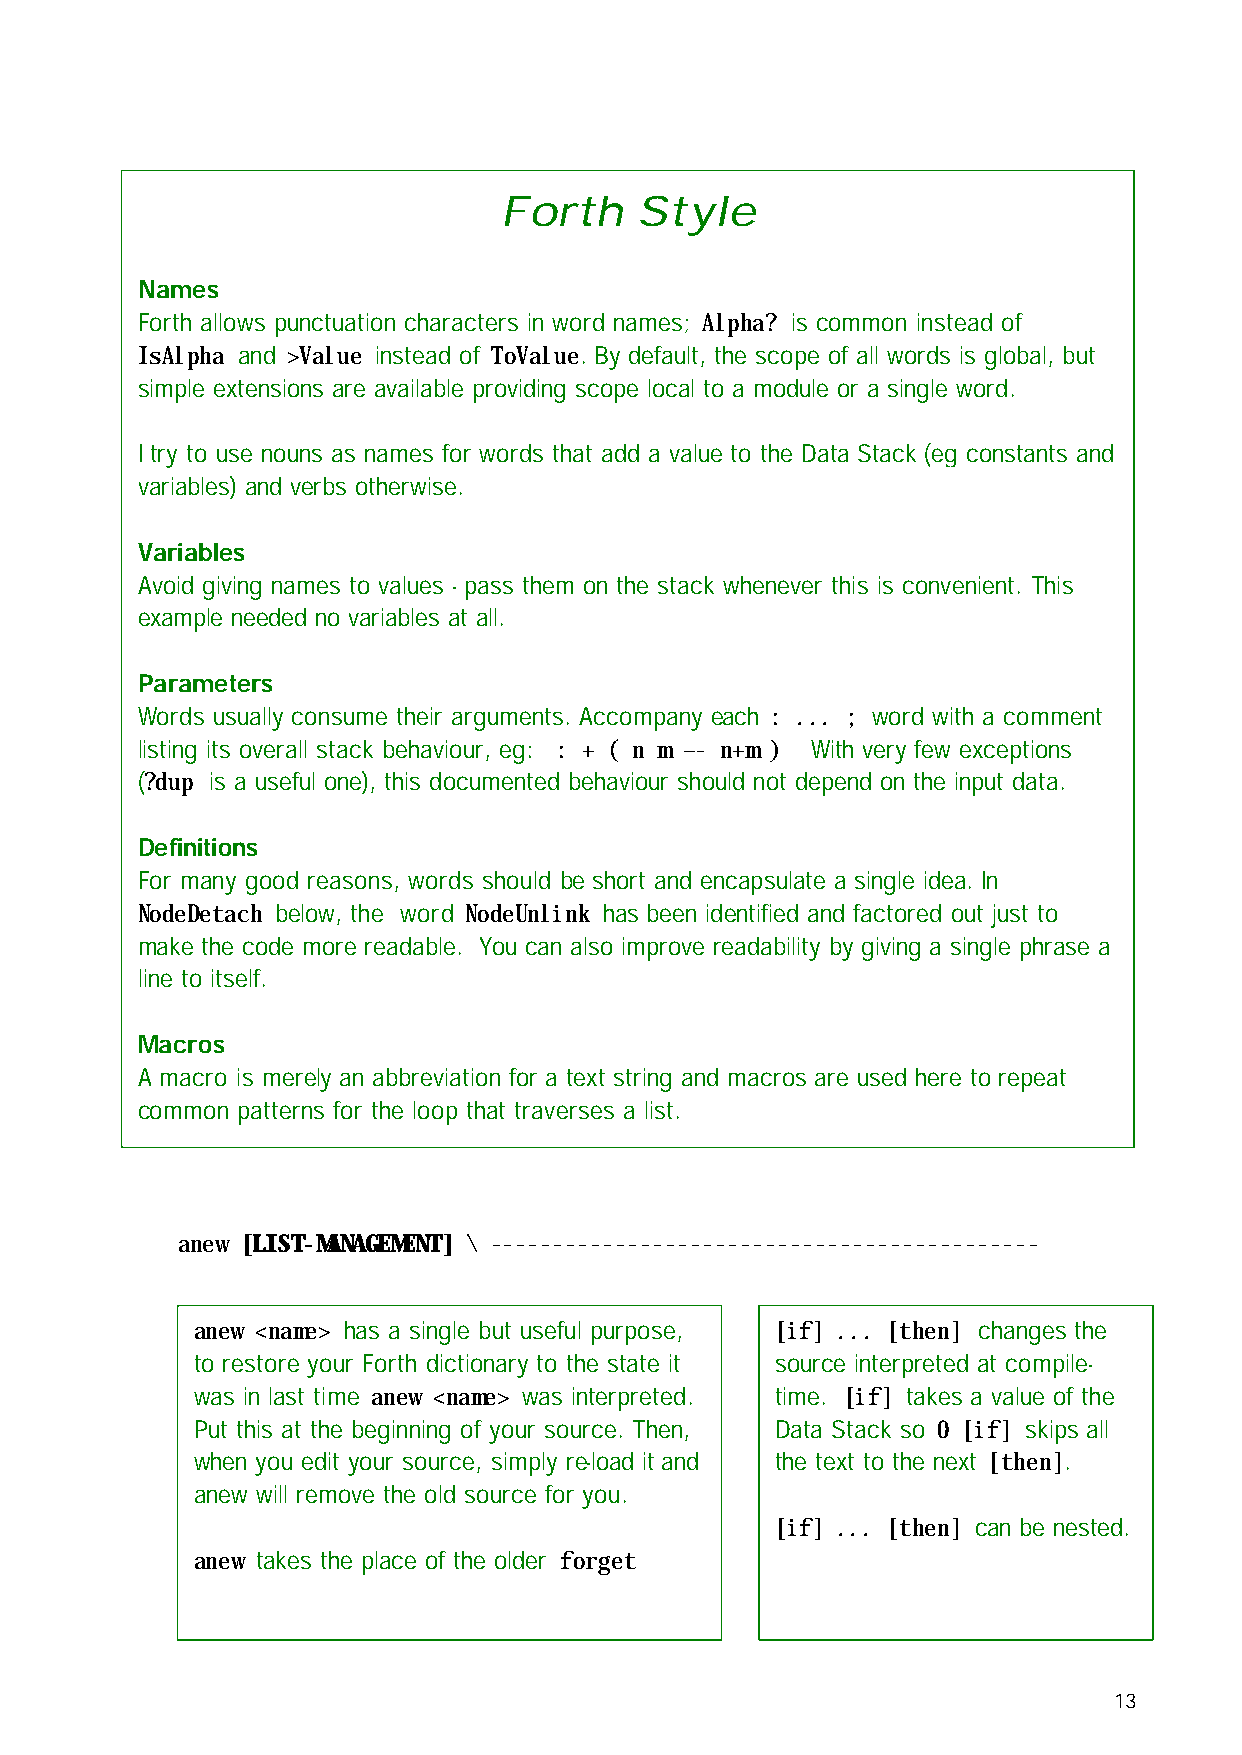
Forth    Style
 Names
 Forth allows punctuation characters in word names; Alpha? is common instead of
 IsAlpha and >Value instead of ToValue. By default, the scope of all words is global, but
 simple extensions are available providing scope local to a module or a single word.
 I try to use nouns as names for words that add a value to the Data Stack (eg constants and
 variables) and verbs otherwise.
 Variables
 Avoid giving names to values - pass them on the stack whenever this is convenient. This
 example needed no variables at all.
 Parameters
 Words usually consume their arguments. Accompany each : ... ; word with a comment
 listing its overall stack behaviour, eg: : + ( n m –- n+m ) With very few exceptions
 (?dup is a useful one), this documented behaviour should not depend on the input data.
 Definitions
 For many good reasons, words should be short and encapsulate a single idea. In
 NodeDetach below, the word NodeUnlink has been identified and factored out just to
 make the code more readable. You can also improve readability by giving a single phrase a
 line to itself.
 Macros
 A macro is merely an abbreviation for a text string and macros are used here to repeat
 common patterns for the loop that traverses a list.
 anew [LIST-MANAGEMENT] \ --------------------------------------------
 anew <name> has a single but useful purpose, [if] ... [then] changes the
 to restore your Forth dictionary to the state it source interpreted at compile-
 was in last time anew <name> was interpreted. time. [if] takes a value of the
 Put this at the beginning of your source. Then, Data Stack so 0 [if] skips all
 when you edit your source, simply re-load it and the text to the next [then].
 anew will remove the old source for you.
 [if] ... [then] can be nested.
 anew takes the place of the older forget
 13